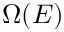
\Omega ( E )